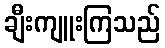
ချီးကျူးကြသည်